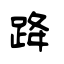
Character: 跭